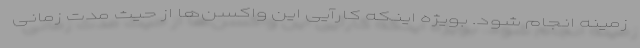
زمینه انجام شود. بویژه اینکه کارآیی این واکسن‌ها از حیث مدت زمانی